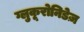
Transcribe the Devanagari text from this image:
ग्लुकूरोनिडेज़